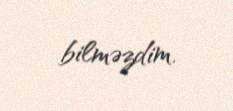
bilməzdim.